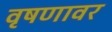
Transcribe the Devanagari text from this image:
वृषणावर